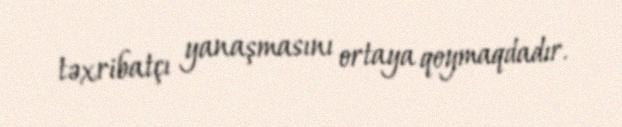
təxribatçı yanaşmasını ortaya qoymaqdadır.